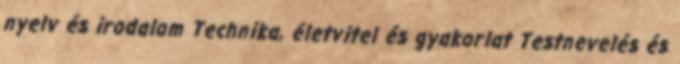
nyelv és irodalom Technika, életvitel és gyakorlat Testnevelés és